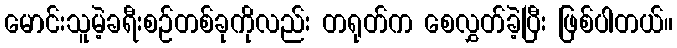
မောင်းသူမဲ့ခရီးစဉ်တစ်ခုကိုလည်း တရုတ်က စေလွှတ်ခဲ့ပြီး ဖြစ်ပါတယ်။